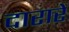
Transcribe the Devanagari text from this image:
दारारें